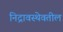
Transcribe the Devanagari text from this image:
निद्रावस्थेवतील